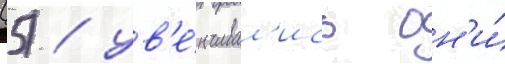
(5) / ув'е́нчивал'ись он'и́